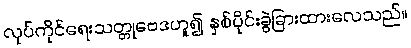
လုပ်ကိုင်ရေးသတ္တုဗေဒဟူ၍ နှစ်ပိုင်းခွဲခြားထားလေသည်။